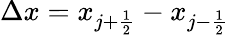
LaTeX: \Delta x=x_{j+\frac{1}{2}}-x_{j-\frac{1}{2}}